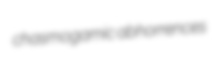
chasmogamic abhorrences